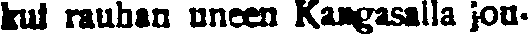
kui rauhan uneen Kaagasalla jon-